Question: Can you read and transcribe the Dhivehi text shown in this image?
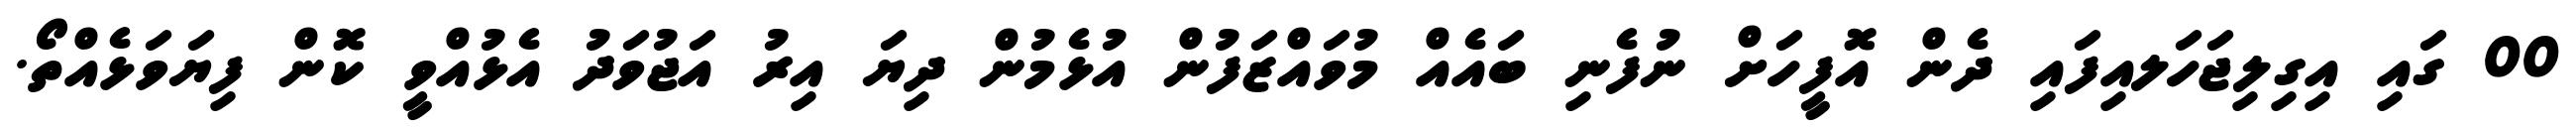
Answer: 00 ގައި އިގިލިޖަހަލއިފައި ދެން އޮފީހަށް ނުފެނި ބައެއް މުވައްޒަފުން އުޅެމުން ދިޔަ އިރު އަޖުވަދު އެޅުއްވީ ކޮން ފިޔަވަޅެއްތޯ.